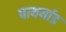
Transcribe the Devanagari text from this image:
पायर्याड